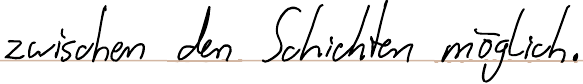
zwischen den Schichten möglich.